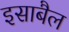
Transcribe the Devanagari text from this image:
इसाबैल